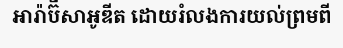
អារ៉ាប៊ីសាអូឌីត ដោយរំលងការយល់ព្រមពី